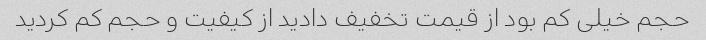
حجم خیلی کم بود از قیمت تخفیف دادید از کیفیت و حجم کم کردید